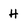
Character: H